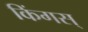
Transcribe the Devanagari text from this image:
किंगस्